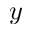
y